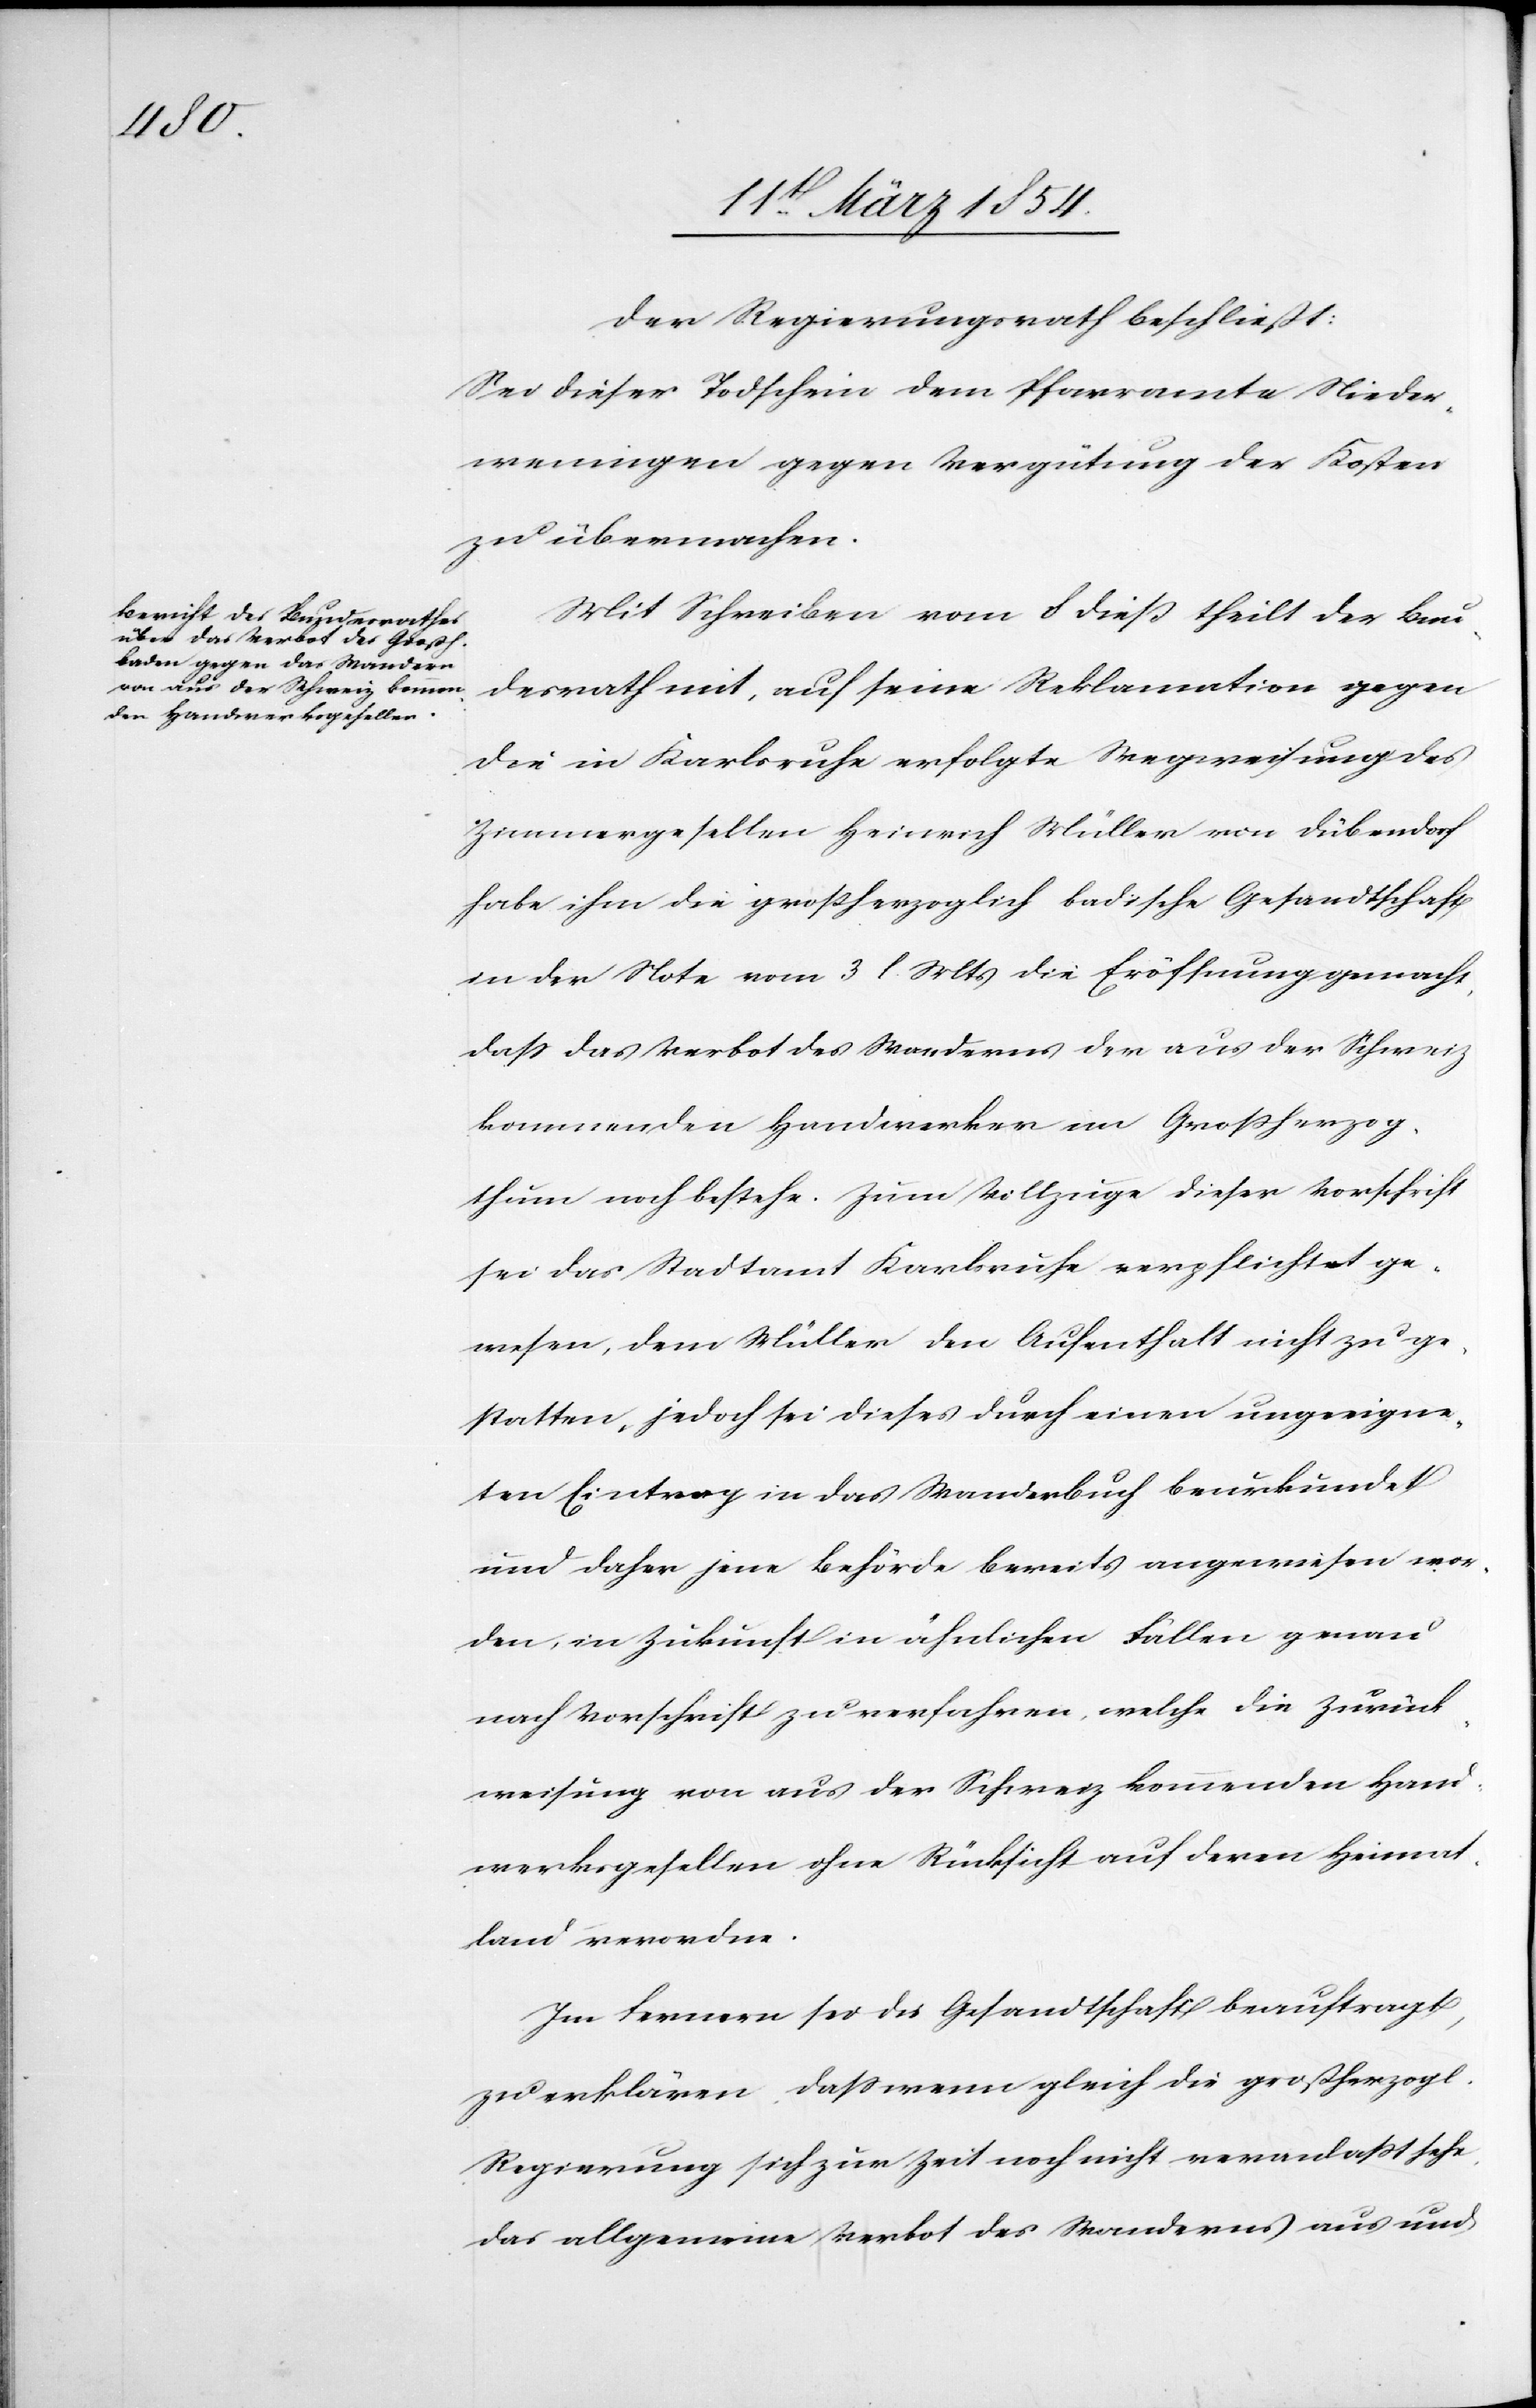
Der Regierungsrath beschließt:
Sei dieser Todschein dem Pfarramte Nieder¬
weningen gegen Vergütung der Kosten
zu übermachen.
Mit Schreiben vom 8 dieß theilt der Bun¬
desrath mit, auf seine Reklamation gegen
die in Karlsruhe erfolgte Wegweisung des
Zimmergesellen Heinrich Müller von Dübendorf
habe ihm die großherzoglich badische Gesandtschaft
in der Note vom 3 l. Mts Eröffnung gemacht,
daß das Verbot des Wanderns der aus der Schweiz
kommenden Handwerker im Großherzog¬
thum noch bestehe. Zum Vollzuge dieser Vorschrift
sei das Stadtamt Karlsruhe verpflichtet ge¬
wesen, dem Müller den Aufenthalt nicht zu ge¬
statten, jedoch sei dieses durch einen ungeeigne¬
ten Eintrag in das Wanderbuch beurkundet
und daher jene Behörde bereits angewiesen wor¬
den, in Zukunft in ähnlichen Fällen genau
nach Vorschrift zu verfahren, welche die Zurück¬
weisung von aus der Schweiz kommenden Hand¬
werksgesellen ohne Rücksicht auf deren Heimat¬
land verordne.
Im Fernern sei die Gesandtschaft beauftragt,
zu erklären, daß wenn gleich die großherzogl.
Regierung sich zur Zeit noch nicht veranlaßt sehe,
das allgemeine Verbot des Wanderns aus und